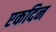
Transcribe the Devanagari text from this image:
एकदिन